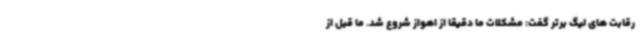
رقابت های لیگ برتر گفت: مشکلات ما دقیقا از اهواز شروع شد. ما قبل از